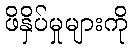
ဖိနှိပ်မှုများကို